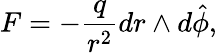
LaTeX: F=-\frac{q}{r^{2}}dr\wedge d\hat{\phi},